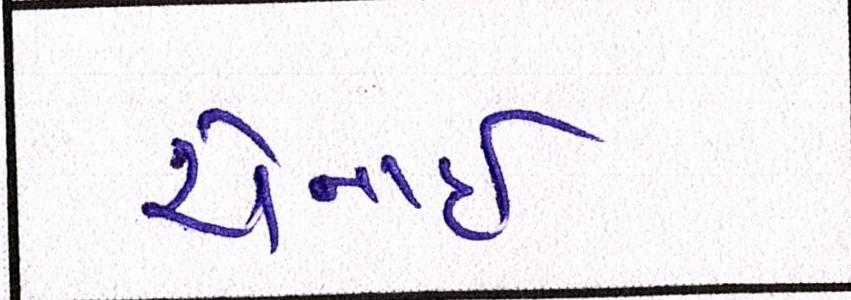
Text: ચેન્નાઇ